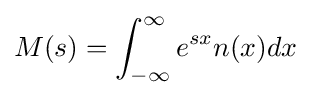
M(s)=\int _{-\infty }^{\infty }e^{sx}n(x)dx